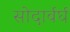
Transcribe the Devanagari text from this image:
सोदार्बर्घ